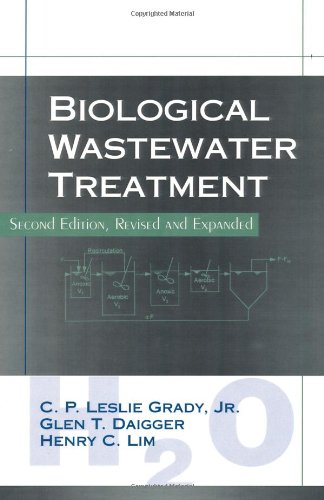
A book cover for Biological Wastewater Treatment, Second Edition, Revised and Expanded (Lecture Notes in Pure and Applied Mathematics); Carlos D.M. Filipe; Science & Math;